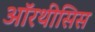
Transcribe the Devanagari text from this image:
ऑरथीसिस